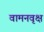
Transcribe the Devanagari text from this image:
वामनवृक्ष